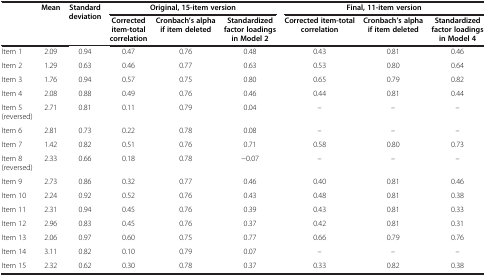
| <ROWSPAN=2>  | <ROWSPAN=2> Mean | <ROWSPAN=2> Standard deviation | <COLSPAN=3> Original, 15-item version | <COLSPAN=3> Final, 11-item version |
 | Corrected item-total correlation | Cronbach’s alpha if item deleted | Standardized factor loadings in Model 2 | Corrected item-total correlation | Cronbach’s alpha if item deleted | Standardized factor loadings in Model 4 |
 | --- | --- | --- | --- | --- | --- | --- | --- | --- |
 | Item 1 | 2.09 | 0.94 | 0.47 | 0.76 | 0.48 | 0.43 | 0.81 | 0.46 |
 | Item 2 | 1.29 | 0.63 | 0.46 | 0.77 | 0.63 | 0.53 | 0.80 | 0.64 |
 | Item 3 | 1.76 | 0.94 | 0.57 | 0.75 | 0.80 | 0.65 | 0.79 | 0.82 |
 | Item 4 | 2.08 | 0.88 | 0.49 | 0.76 | 0.46 | 0.44 | 0.81 | 0.44 |
 | Item 5 (reversed) | 2.71 | 0.81 | 0.11 | 0.79 | 0.04 | – | – | – |
 | Item 6 | 2.81 | 0.73 | 0.22 | 0.78 | 0.08 | – | – | – |
 | Item 7 | 1.42 | 0.82 | 0.51 | 0.76 | 0.71 | 0.58 | 0.80 | 0.73 |
 | Item 8 (reversed) | 2.33 | 0.66 | 0.18 | 0.78 | -0.07 | – | – | – |
 | Item 9 | 2.73 | 0.86 | 0.32 | 0.77 | 0.46 | 0.40 | 0.81 | 0.46 |
 | Item 10 | 2.24 | 0.92 | 0.52 | 0.76 | 0.43 | 0.48 | 0.81 | 0.38 |
 | Item 11 | 2.31 | 0.94 | 0.45 | 0.76 | 0.39 | 0.43 | 0.81 | 0.33 |
 | Item 12 | 2.96 | 0.83 | 0.45 | 0.76 | 0.37 | 0.42 | 0.81 | 0.31 |
 | Item 13 | 2.06 | 0.97 | 0.60 | 0.75 | 0.77 | 0.66 | 0.79 | 0.76 |
 | Item 14 | 3.11 | 0.82 | 0.10 | 0.79 | 0.07 | – | – | – |
 | Item 15 | 2.32 | 0.62 | 0.30 | 0.78 | 0.37 | 0.33 | 0.82 | 0.38 |